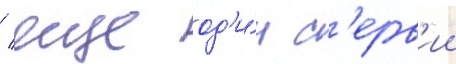
/ еще од'и́н с'ерв'ии